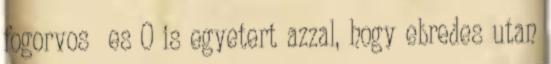
fogorvos es O is egyetert azzal, hogy ebredes utan